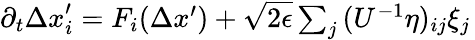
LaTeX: \begin{array}{r}{\partial_{t}{\Delta x}_{i}^{\prime}=F_{i}(\Delta x^{\prime})+\sqrt{2\epsilon}\sum_{j}\, (U^{-1}\eta)_{ij}\xi_{j}\, }\end{array}